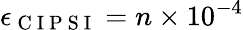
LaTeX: \epsilon_{\mathrm{~C~I~P~S~I~}}=n\times 10^{-4}